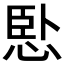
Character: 𢛶